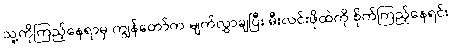
သူ့ကိုကြည့်နေရာမှ ကျွန်တော်က မျက်လွှာချပြီး မီးလင်းဖိုထဲကို စိုက်ကြည့်နေရင်း